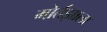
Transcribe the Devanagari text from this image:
मोर्तझाला